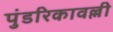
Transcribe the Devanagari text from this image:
पुंडरिकावल्ली